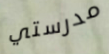
مدرستي